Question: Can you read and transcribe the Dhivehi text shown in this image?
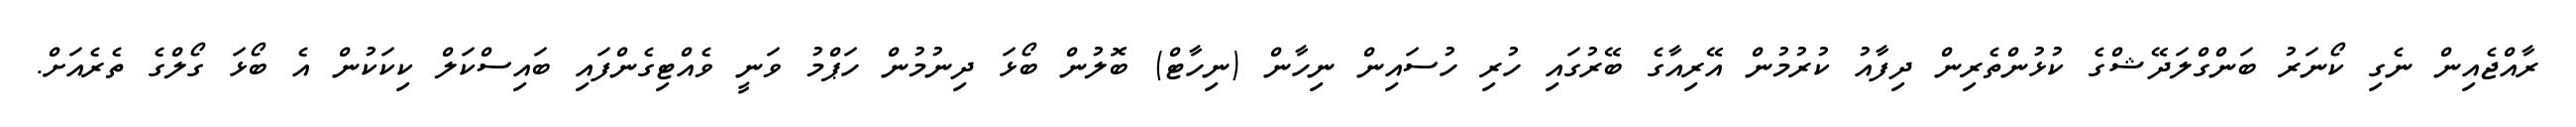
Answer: ރާއްޖެއިން ނެގި ކޯނަރު ބަންގްލަދޭޝްގެ ކުޅުންތެރިން ދިފާއު ކުރުމުން އޭރިއާގެ ބޭރުގައި ހުރި ހުސައިން ނިހާން (ނިހާޓް) ބޮލުން ބޯޅަ ދިނުމުން ހަޕްމު ވަނީ ވެއްޓިގެންފައި ބައިސްކަލް ކިކަކުން އެ ބޯޅަ ގޯލްގެ ތެރެއަށް.